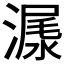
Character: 𣻨